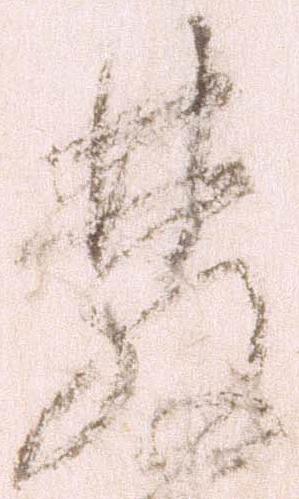
発